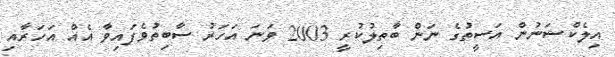
އިލެކްޝަނުން އަސީތުގެ ނަން ބާތިލުކުރީ 2003 ވަނަ އަހަރު ސާބިތުވެފައިވާ އެއް އަހަރާއި